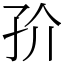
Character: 㜾